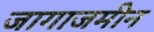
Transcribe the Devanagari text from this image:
जागाजमीन